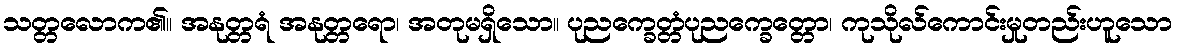
သတ္တလောက၏။ အနုတ္တရံ အနုတ္တရော၊ အတုမရှိသော။ ပုညက္ခေတ္တံပုညက္ခေတ္တော၊ ကုသိုလ်ကောင်းမှုတည်းဟူသော